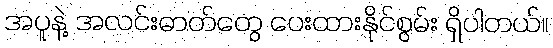
အပူနဲ့ အလင်းဓာတ်တွေ ပေးထားနိုင်စွမ်း ရှိပါတယ်။